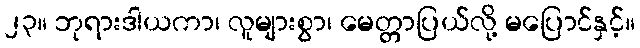
၂၃။ ဘုရားဒါယကာ၊ လူများစွာ၊ မေတ္တာပြယ်လို့ မပြောင်နှင့်။